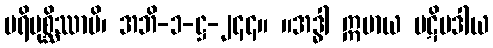
ပရိမုစ္ဆိဿာမိ၊ အဘိ-၁-ဋ္ဌ-၂၄၄။ ။အဒ္ဓါ ဣမာယ ပဋိပဒါယ